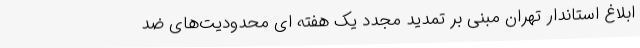
ابلاغ استاندار تهران مبنی بر تمدید مجدد یک هفته ای محدودیت‌های ضد